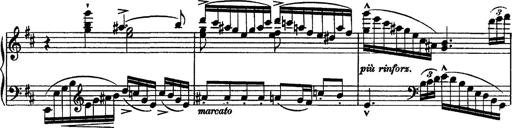
Title: Piano Sonata
Composer: Karl HÃ¤ssler
Key: C major